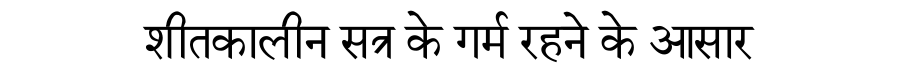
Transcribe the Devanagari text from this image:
शीतकालीन सत्र के गर्म रहने के आसार